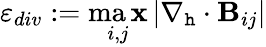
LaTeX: \varepsilon_{div}:=\operatorname*{ma\mathbf{x}}_{i,j}\left|\nabla_{\mathtt{h}}\cdot{\mathbf{B}}_{ij}\right|